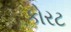
કોરટ